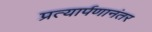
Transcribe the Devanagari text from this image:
प्रत्यार्पणानंतर